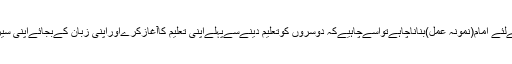
جوشخص بھی اپنے آپکو لوگوں کےلئے امام(نمونہ عمل)بناناچاہےتواسےچاہیےکہ دوسروں کوتعلیم دینےسےپہلےاپنی تعلیم کاآغازکرےاوراپنی زبان کےبجائےاپنی سیرت سےدوسروں کی تربیّت کرے۔